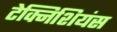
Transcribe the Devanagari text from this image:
टेक्निशियंस